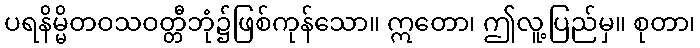
ပရနိမ္မိတဝသဝတ္တီဘုံ၌ဖြစ်ကုန်သော။ ဣတော၊ ဤလူ့ပြည်မှ။ စုတာ၊